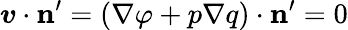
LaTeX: \boldsymbol{v}\cdot\mathbf{n}^{\prime}=\left({\nabla\varphi+p\nabla q}\right)\cdot\mathbf{n}^{\prime}=0